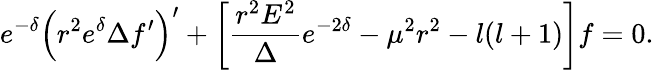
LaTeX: e^{-\delta}\left(r^{2}e^{\delta}\Delta f^{\prime}\right)^{\prime}+\left[\frac{r^{2}E^{2}}{\Delta}e^{-2\delta}-\mu^{2}r^{2}-l(l+1)\right]f=0.